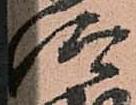
仰